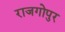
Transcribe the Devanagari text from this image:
राजगोपुर